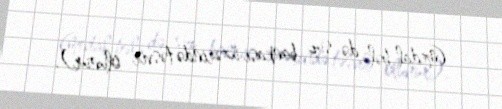
(medal hələ də sup bankası üzərində təsvir olunur).